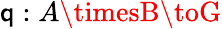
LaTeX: \mathsf{q}:A\timesB\toG